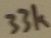
Text: 33K